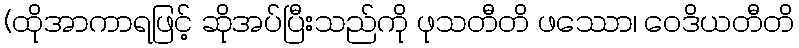
(ထိုအာကာရဖြင့် ဆိုအပ်ပြီးသည်ကို ဖုသတီတိ ဖဿော၊ ဝေဒိယတီတိ